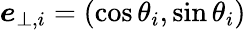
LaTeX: \boldsymbol{e}_{\bot,i}=(\cos\theta_{i},\sin\theta_{i})